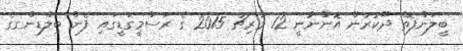
ބީލަންފޮތް ދޫކުރުން އޮންނާނީ 12 މާރިޗު 2015 ގެ ރަސްމީގަޑީގައި ފެން ބިލްޑިންގގެ